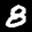
Label: 8